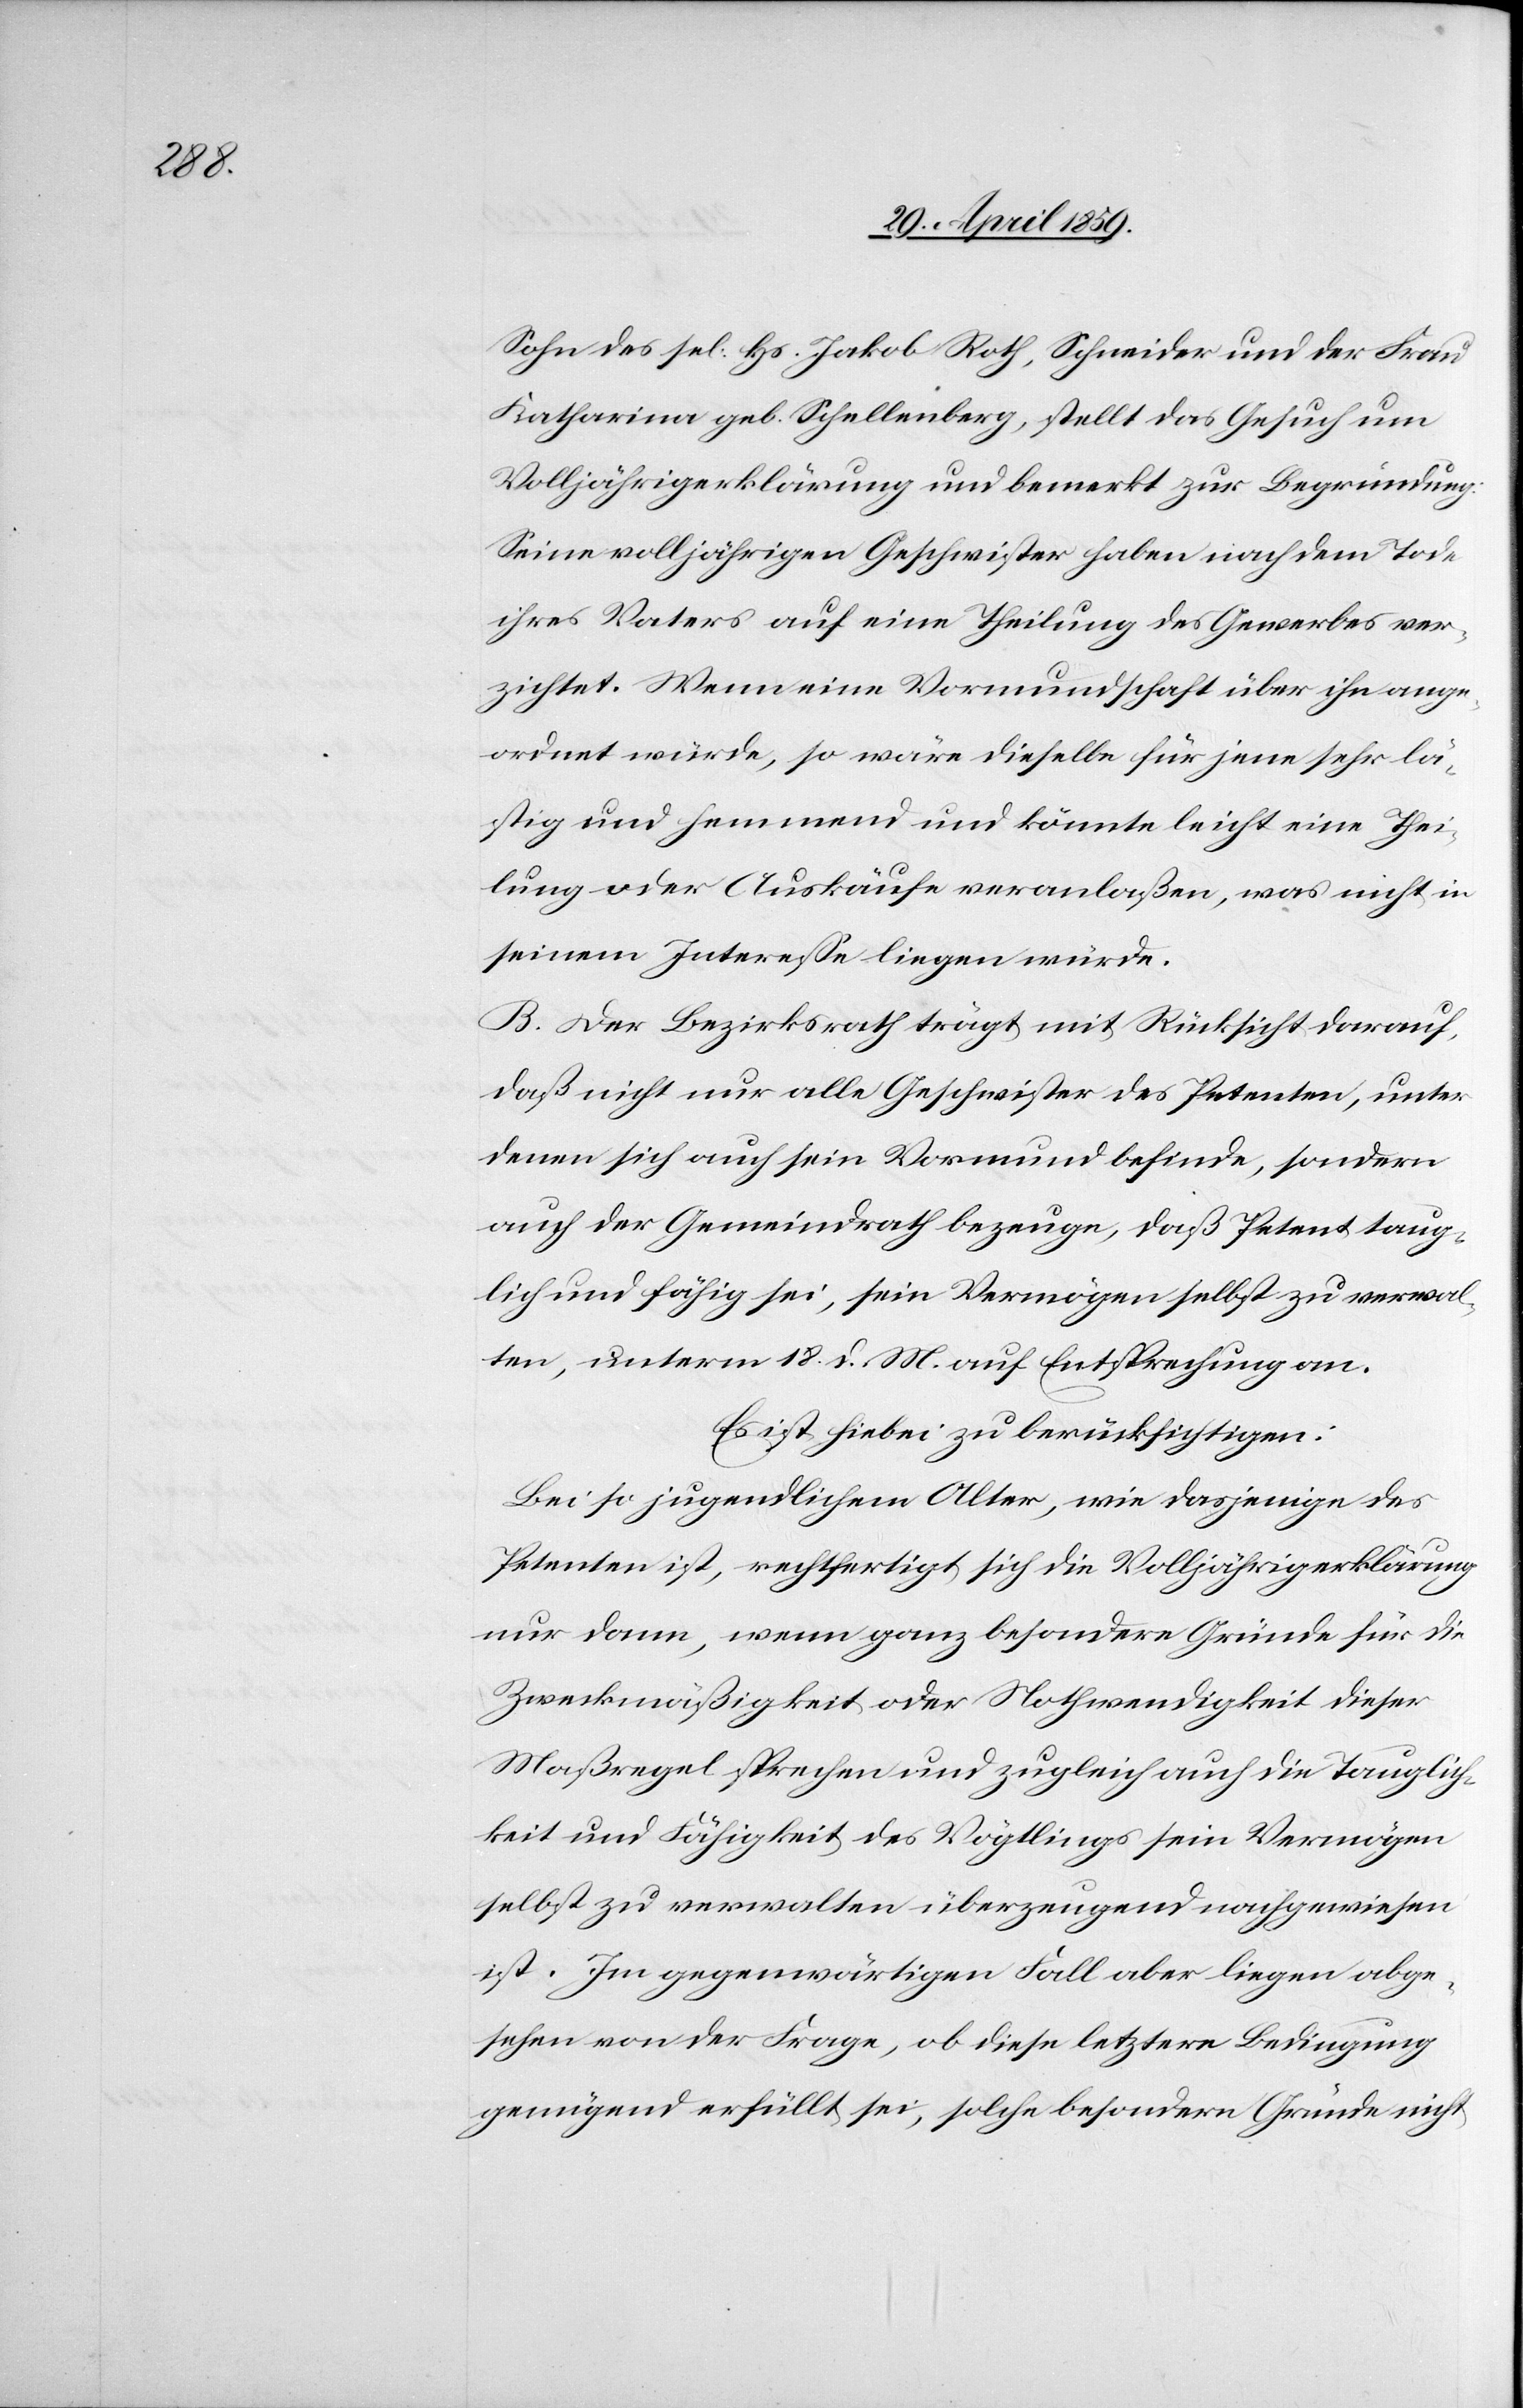
Sohn des sel. Hs. Jakob Roth, Schneider und der Frau
Katharina geb. Schellenberg, stellt das Gesuch um
Volljährigerklärung und bemerkt zur Begründung:
Seine volljährigen Geschwister haben nach dem Tode
ihres Vaters auf eine Theilung des Gewerbes ver¬
zichtet. Wenn eine Vormundschaft über ihn ange¬
ordnet würde, so wäre dieselbe für jene sehr lä¬
stig und hemmend und könnte leicht eine Thei¬
lung oder Auskäufe veranlaßen, was nicht in
seinem Intereße liegen würde.
B. Der Bezirksrath trägt mit Rücksicht darauf,
daß nicht nur alle Geschwister des Petenten, unter
denen sich auch sein Vormund befinde, sondern
auch der Gemeindrath bezeuge, daß Petent taug¬
lich und fähig sei, sein Vermögen selbst zu verwal¬
ten, unterm 18. d. M. auf Entsprechung an.
Es ist hiebei zu berücksichtigen:
Bei so jugendlichem Alter, wie dasjenige des
Petenten ist, rechtfertigt sich die Volljährigerklärung
nur dann, wenn ganz besondere Gründe für die
Zweckmäßigkeit oder Nothwendigkeit dieser
Maßregel sprechen und zugleich auch die Tauglich¬
keit und Fähigkeit des Vögtlings sein Vermögen
selbst zu verwalten überzeugend nachgewiesen
ist. Im gegenwärtigen Fall aber liegen abge¬
sehen von der Frage, ob diese letztere Bedingung
genügend erfüllt sei, solche besondern Gründe nicht